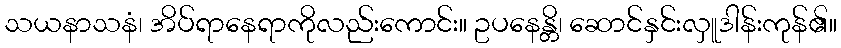
သယနာသနံ၊ အိပ်ရာနေရာကိုလည်းကောင်း။ ဥပနေန္တိ၊ ဆောင်နှင်းလှူဒါန်းကုန်၏။